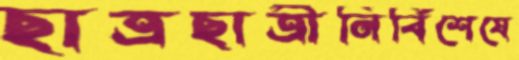
ছাত্রছাত্রীনির্বিশেষে